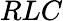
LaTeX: RLC